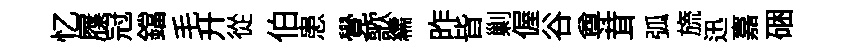
忆屧冠鐺毛升從伯患覺歌繻昨𣅜剿偓谷尊茸弧旒迅嘉硱